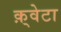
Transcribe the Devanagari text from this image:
क़्वेटा